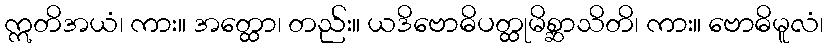
ဣတိအယံ၊ ကား။ အတ္ထော၊ တည်း။ ယဒိဗောဓိပတ္ထုမိစ္ဆာသိတိ၊ ကား။ ဗောဓိမူလံ၊